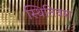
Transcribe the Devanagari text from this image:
स्थितिवश